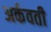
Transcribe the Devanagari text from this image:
अर्कवती